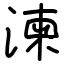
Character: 湅